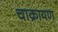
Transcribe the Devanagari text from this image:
चाक्रायण